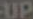
UP